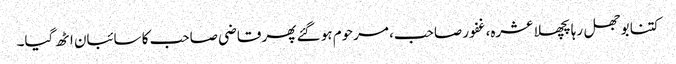
کتنا بوجھل رہا پچھلا عشرہ، غفور صاحب، مرحوم ہو گئے پھر قاضی صاحب کا سائبان اٹھ گیا۔